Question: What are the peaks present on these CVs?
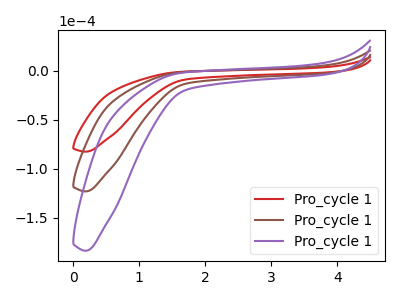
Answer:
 <answer>The red curve "Pro_cycle 11" has no peaks. The brown curve "Pro_cycle 12" has no peaks. The purple curve "Pro_cycle 13" has no peaks.</answer>
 <eval></eval>